Report on vaccination in the Province of Bengal - 1869-1873
Year: 1869
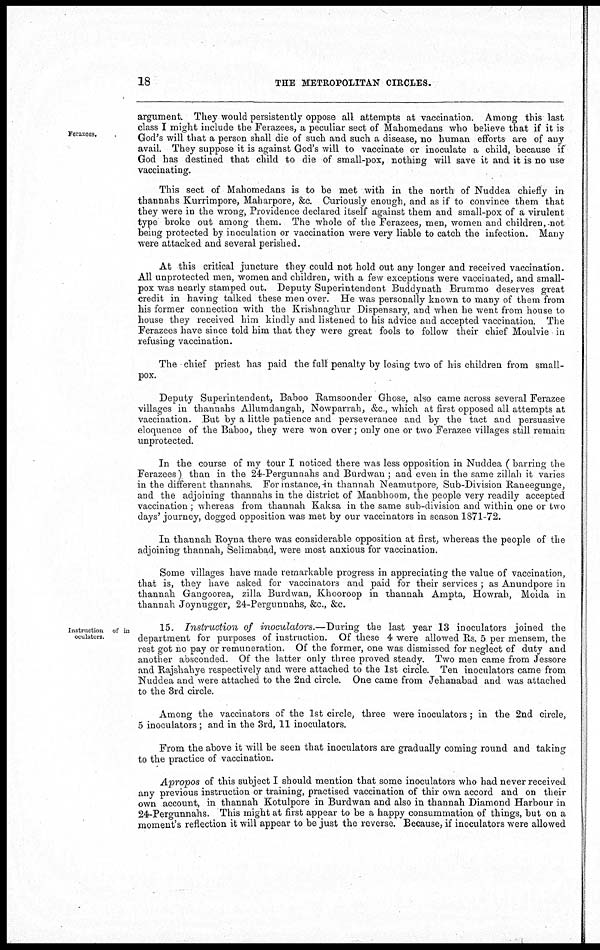
18
THE METROPOLITAN CIRCLES.
Ferazees.
argument. They would persistently oppose all attempts at vaccination. Among this last
class I might include the Ferazees, a peculiar sect of Mahomedans who believe that if it is
God's will that a person shall die of such and such a disease, no human efforts are of any
avail. They suppose it is against God's will to vaccinate or inoculate a child, because if
God has destined that child to die of small-pox, nothing will save it and it is no use
vaccinating.
This sect of Mahomedans is to be met with in the north of Nuddea chiefly in
thannahs Kurrimpore, Maharpore, &c. Curiously enough, and as if to convince them that
they were in the wrong, Providence declared itself against them and small-pox of a virulent
type broke out among them. The whole of the Ferazees, men, women and children, not
being protected by inoculation or vaccination were very liable to catch the infection. Many
were attacked and several perished.
At this critical juncture they could not hold out any longer and received vaccination.
All unprotected men, women and children, with a few exceptions were vaccinated, and small-
pox was nearly stamped out. Deputy Superintendent Buddynath Brummo deserves great
credit in having talked these men over. He was personally known to many of them from
his former connection with the Krishnaghur Dispensary, and when he went from house to
house they received him kindly and listened to his advice and accepted vaccination. The
Ferazees have since told him that they were great fools to follow their chief Moulvie in
refusing vaccination.
The chief priest has paid the full penalty by losing two of his children from small-
pox.
Deputy Superintendent, Baboo Ramsoonder Ghose, also came across several Ferazee
villages in thannahs Allumdangah, Nowparrah, &c., which at first opposed all attempts at
vaccination. But by a little patience and perseverance and by the tact and persuasive
eloquence of the Baboo, they were won over; only one or two Ferazee villages still remain
unprotected.
In the course of my tour I noticed there was less opposition in Nuddea ( barring the
Ferazees) than in the 24-Pergunnahs and Burdwan ; and even in the same zillah it varies
in the different thannahs. For instance, in thannah Neamutpore, Sub-Division Raneegunge,
and the adjoining thannahs in the district of Manbhoom, the people very readily accepted
vaccination; whereas from thannah Kaksa in the same sub-division and within one or two
days' journey, dogged opposition was met by our vaccinators in season 1871-72.
In thannah Royna there was considerable opposition at first, whereas the people of the
adjoining thannah, Selimabad, were most anxious for vaccination.
Some villages have made remarkable progress in appreciating the value of vaccination,
that is, they have asked for vaccinators and paid for their services ; as Anundpore in
thannah Gangoorea, zilla Burdwan, Khooroop in thannah Ampta, Howrah, Moida in
thannah Joynugger, 24-Pergunnahs, &c., &c.
Instruction of in
oculators.
15. Instruction of inoculators.—During
the last year 13 inoculators joined the
department for purposes of instruction. Of these 4 were allowed Rs. 5 per mensem, the
rest got no pay or remuneration. Of the former, one was dismissed for neglect of duty and
another absconded. Of the latter only three proved steady. Two men came from Jessore
and Rajshahye respectively and were attached to the 1st circle. Ten inoculators came from
Nuddea and were attached to the 2nd circle. One came from Jehanabad and was attached
to the 3rd circle.
Among the vaccinators of the 1st circle, three were inoculators; in the 2nd circle,
5 inoculators ; and in the 3rd, 11 inoculators.
From the above it will be seen that inoculators are gradually coming round and taking
to the practice of vaccination.
Apropos of this subject I should mention that some inoculators who had never received
any previous instruction or training, practised vaccination of thir own accord and on their
own account, in thannah Kotulpore in Burdwan and also in thannah Diamond Harbour in
24-Pergunnahs. This might at first appear to be a happy consummation of things, but on a
moment's reflection it will appear to be just the reverse. Because, if inoculators were allowed